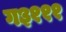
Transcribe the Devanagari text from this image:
ग३१११